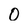
Character: 0